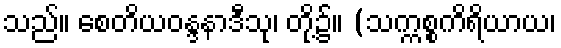
သည်။ စေတိယဝန္ဒနာဒီသု၊ တို့၌။ (သက္ကစ္စကိရိယာယ၊